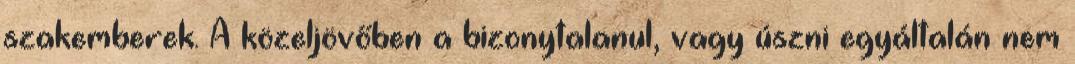
szakemberek. A közeljövőben a bizonytalanul, vagy úszni egyáltalán nem